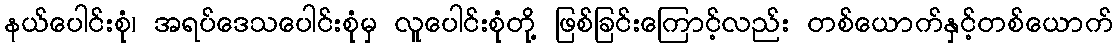
နယ်ပေါင်းစုံ၊ အရပ်ဒေသပေါင်းစုံမှ လူပေါင်းစုံတို့ ဖြစ်ခြင်းကြောင့်လည်း တစ်ယောက်နှင့်တစ်ယောက်